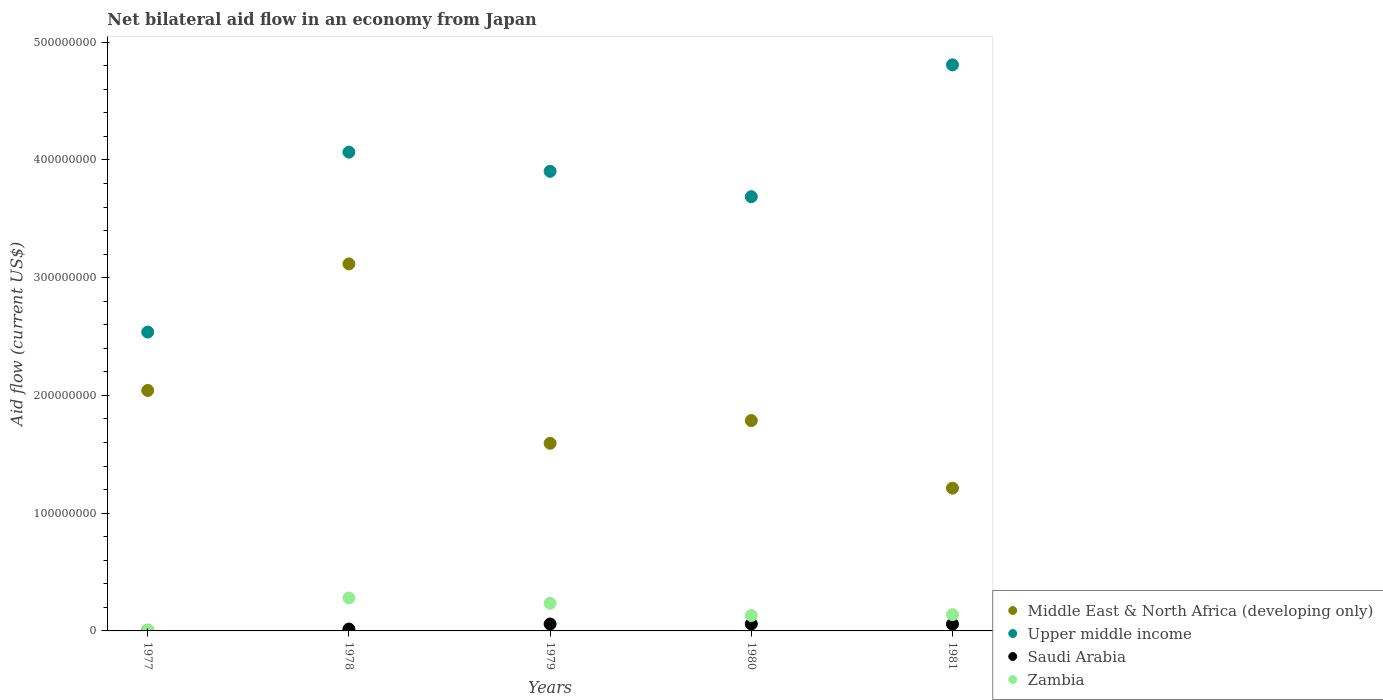
| Years | Middle East & North Africa (developing only) | Upper middle income | Saudi Arabia | Zambia |
 | --- | --- | --- | --- | --- |
 | 1977 | 2.04e+08 | 2.54e+08 | 4.6e+05 | 7.5e+05 |
 | 1978 | 3.12e+08 | 4.07e+08 | 1.58e+06 | 2.8e+07 |
 | 1979 | 1.59e+08 | 3.9e+08 | 5.88e+06 | 2.35e+07 |
 | 1980 | 1.79e+08 | 3.69e+08 | 5.92e+06 | 1.31e+07 |
 | 1981 | 1.21e+08 | 4.81e+08 | 5.78e+06 | 1.38e+07 |